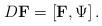
LaTeX: \begin{align*}D \mbox{{\bf F}}=\left[ \mbox{{\bf F}},\Psi \right] . \end{align*}